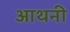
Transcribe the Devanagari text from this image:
आथनी